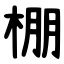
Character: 棚